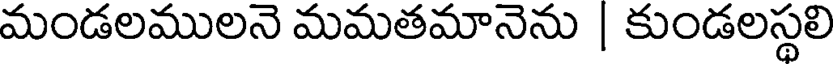
మండలములనె మమతమానెను | కుండలస్థలి